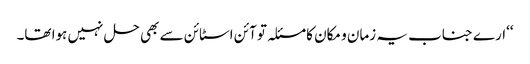
‘‘ارے جناب یہ زمان و مکان کا مسئلہ تو آئن اسٹائن سے بھی حل نہیں ہوا تھا۔